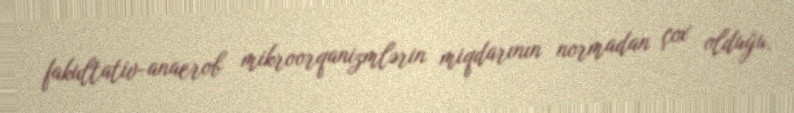
fakultativ-anaerob mikroorqanizmlərin miqdarının normadan çox olduğu,